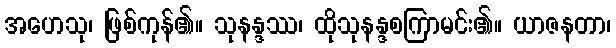
အဟေသု၊ ဖြစ်ကုန်၏။ သုနန္ဒဿ၊ ထိုသုနန္ဒစကြာမင်း၏။ ယာဇနတာ၊